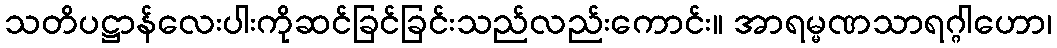
သတိပဋ္ဌာန်လေးပါးကိုဆင်ခြင်ခြင်းသည်လည်းကောင်း။ အာရမ္မဏသာရဂ္ဂါဟော၊